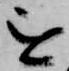
を